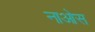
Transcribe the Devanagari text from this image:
नाओस